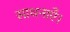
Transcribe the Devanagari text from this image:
साधनाएँ।